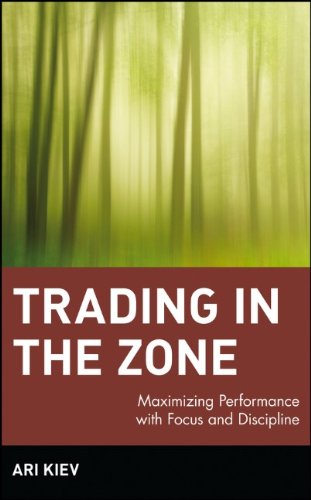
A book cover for Trading in the Zone : Maximizing Performance with Focus and Discipline; Ari Kiev; Business & Money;